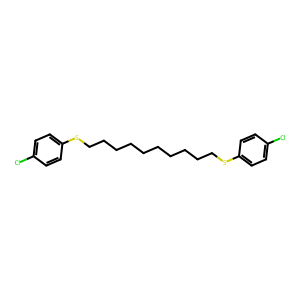
SMILES: Clc1ccc(SCCCCCCCCCCSc2ccc(Cl)cc2)cc1
Inhibits HIV replication: No